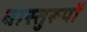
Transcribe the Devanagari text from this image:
वास्तुरूपों